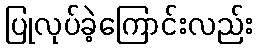
ပြုလုပ်ခဲ့ကြောင်းလည်း